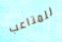
للمتاعب